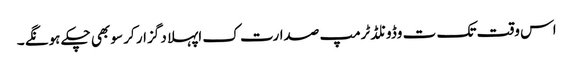
اس وقت تک ت وڈونلڈ ٹرمپ صدارت ک اپہلا د گزار کر سو بھی چکے ہونگے ۔